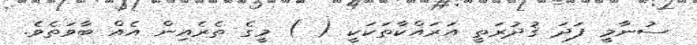
ސުނާމީ ފަދަ ޤުދުރަތީ އަރައްކާތަކަކީ ( ) މީގެ ތެރެއިން އެއް ބާވަތެވެ.